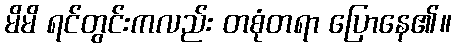
မိမိ ရင်တွင်းကလည်း တစုံတရာ ပြောနေ၏။